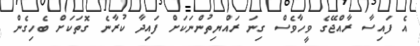
އެ ފައިސާ ރާއްޖޭގެ ވީހާވެސް ގިނަ ރައްޔިތުންނަކަށް ފައިދާ ކުރާނެ ގޮތަކަށް ބެހިގެން